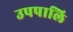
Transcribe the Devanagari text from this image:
उपपालि